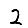
Digit: 2